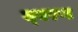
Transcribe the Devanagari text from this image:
त्‍वरण